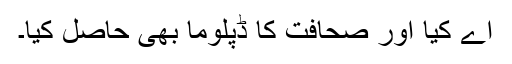
اے کیا اور صحافت کا ڈپلوما بھی حاصل کیا۔